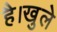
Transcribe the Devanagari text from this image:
है।खुले